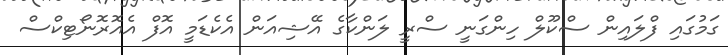
ގަމުގައި ފްލައިން ސްކޫލް ހިންގަނީ ސްރީ ލަންކާގެ އޭޝިއަން އެކެޑަމީ އޮފް އެއޮރޮނޯޓިކްސް